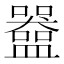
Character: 𬑀